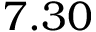
7 . 3 0